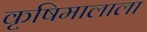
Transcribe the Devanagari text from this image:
कृषिमालाला